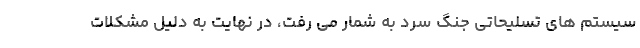
سیستم های تسلیحاتی جنگ سرد به شمار می رفت، در نهایت به دلیل مشکلات